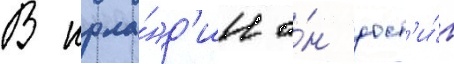
В ирла́нд'ии о́н дост'и́г